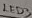
Text: LED3